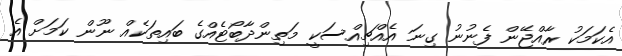
އެކަމަކު ރާއްޖޭން ފެނުނު ގިނަ އެއްޗިއްސަކީ މަތިންދާބޯޓެއްގެ ބައިތަކެއް ނޫން ކަމަށް އެ